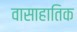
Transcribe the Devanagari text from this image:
वासाहातिक